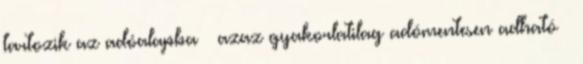
tartozik az adóalapba – azaz gyakorlatilag adómentesen adható –